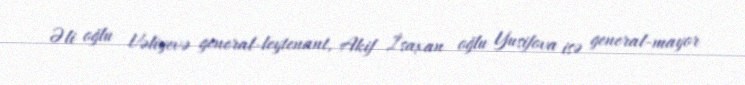
Əli oğlu Vəliyevə general-leytenant, Akif İsaxan oğlu Yusifova isə general-mayor